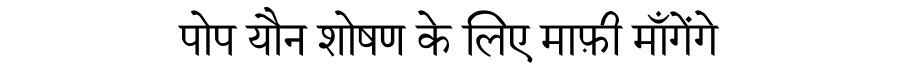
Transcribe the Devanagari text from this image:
पोप यौन शोषण के लिए माफ़ी माँगेंगे